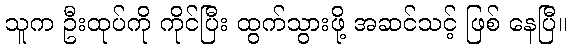
သူက ဦးထုပ်ကို ကိုင်ပြီး ထွက်သွားဖို့ အဆင်သင့် ဖြစ် နေပြီ။